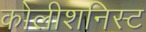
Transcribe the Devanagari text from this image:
कोलीशनिस्ट